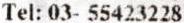
TEL: 03- 55423228